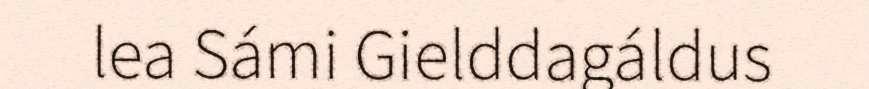
lea Sámi Gielddagáldus